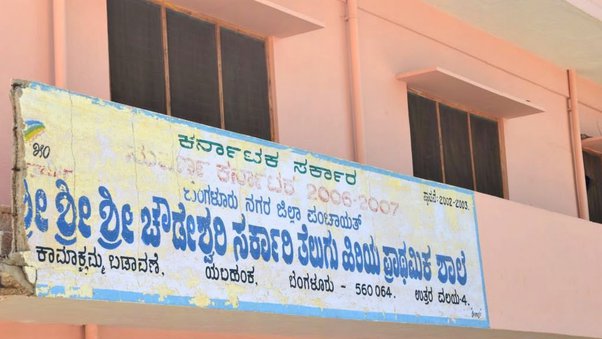
Language: kannada
Transcription: ಚೌಡೇಶ್ವರಿ ಶ್ರೀ ತೆಲುಗು ಸರ್ಕಾರ ಪ್ರಾಥಮಿಕ ಕರ್ನಾಟಕ